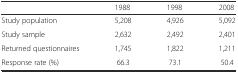
<table><thead><tr><td></td><td><b>1988</b></td><td><b>1998</b></td><td><b>2008</b></td></tr></thead><tbody><tr><td>Study population</td><td>5,208</td><td>4,926</td><td>5,092</td></tr><tr><td>Study sample</td><td>2,632</td><td>2,492</td><td>2,401</td></tr><tr><td>Returned questionnaires</td><td>1,745</td><td>1,822</td><td>1,211</td></tr><tr><td>Response rate (%)</td><td>66.3</td><td>73.1</td><td>50.4</td></tr></tbody></table>